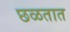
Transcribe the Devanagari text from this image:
छळतात